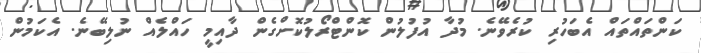
ކަންތައްތައް އެބަހުރި ކުރެވޭނެ. މުދާ އުފުލުން ކޮންޓްރޯލުކޮށްގެން ދާއިމީ ހައްލެއް ނުލިބޭނެ. އެކަމުން